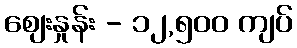
စျေးနှုန်း - ၁၂,၅၀၀ ကျပ်